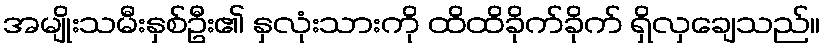
အမျိုးသမီးနှစ်ဦး၏ နှလုံးသားကို ထိထိခိုက်ခိုက် ရှိလှချေသည်။